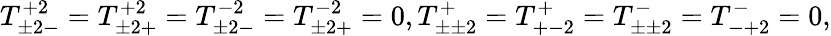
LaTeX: T_{\pm 2-}^{+2}=T_{\pm 2+}^{+2}=T_{\pm 2-}^{-2}=T_{\pm 2+}^{-2}=0,T_{\pm\pm 2}^{+}=T_{+-2}^{+}=T_{\pm\pm 2}^{-}=T_{-+2}^{-}=0,